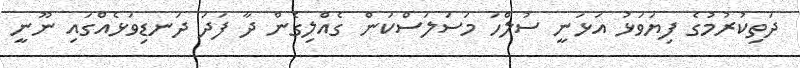
ދަތިކުރުމުގެ ފިޔަވަޅު އަޅަނީ ސުލްހަ މަސަލަސްކަން ގެއްލިގެން ދާ ފަދަ ދަނޑިވަޅެއްގައި ނޫނީ